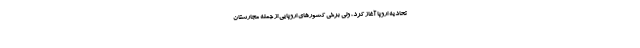
تحادیه اروپا آغاز کرد، ولی برخی کشور‌های اروپایی از جمله مجارستان